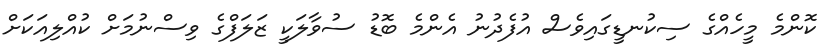
ކޮންމެ މީހެއްގެ ސިކުނޑީގައިވެސް އުފެދުނު އެންމެ ބޮޑު ސުވާލަކީ ޒަލަފްގެ ވިސްނުމަށް ކުއްލިއަކަށް